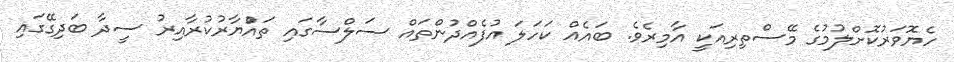
ހެޔޮވަރުކޮށްލުމުގެ މޭސްތިރިއަކީ އާމިރެވެ. ބައެއް ކަހަލަ އުފެއްދުންތައް ސަލްސާގައި ތައްުޔާރުކުރާއިރު ސީދާ ބަދިގޭގައި